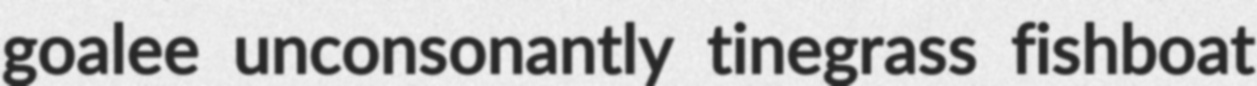
goalee unconsonantly tinegrass fishboat